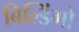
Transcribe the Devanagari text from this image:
बिल्डिंगो